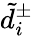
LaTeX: \tilde{d}_{i}^{\pm}